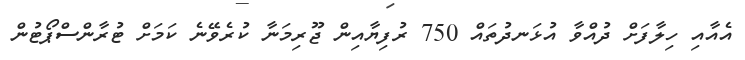
އެއާއި ހިލާފަށް ދުއްވާ އުޅަނދުތައް 750 ރުފިޔާއިން ޖޫރިމަނާ ކުރެވޭނެ ކަމަށް ޓުރާންސްޕޯޓުން